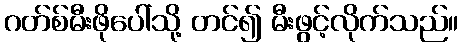
ဂတ်စ်မီးဖိုပေါ်သို့ တင်၍ မီးဖွင့်လိုက်သည်။